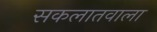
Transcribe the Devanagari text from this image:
सकलातवाला